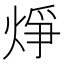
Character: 𪸾